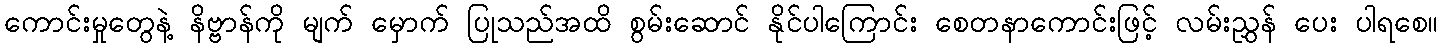
ကောင်းမှုတွေနဲ့ နိဗ္ဗာန်ကို မျက် မှောက် ပြုသည်အထိ စွမ်းဆောင် နိုင်ပါကြောင်း စေတနာကောင်းဖြင့် လမ်းညွှန် ပေး ပါရစေ။